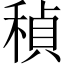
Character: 𬓲